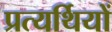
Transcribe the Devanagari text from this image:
प्रत्यर्थियों